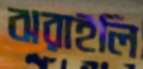
ঝরাইলি